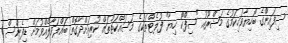
ސިފައިންގެ ބޯހިޔާވަހިކަމުގެ މަޝްރޫއު "ސިފްކޯ ހިޔާ" ފުލެޓްތަކުގެ މަސައްކަތްތައް ކުރިއަށްދާގޮތް ބައްލަވާލެއްވުމަށް ޑިފެންސް